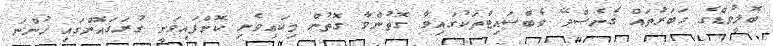
ބޮލީވުޑްގެ ހަބަރުތައް ގެނެސްދޭ ވެބްސައިޓްތަކުގައިވާ ގޮތުންވާ ގޮތުން މިކައިވެނި ކޮށްފައިވަނީ ގުރަގައޮންގައި ހުންނަ